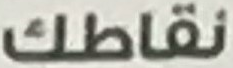
نقاطك